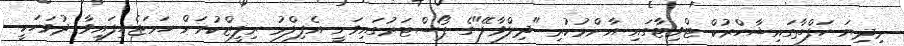
މިދިޔަ ހަފްތާގައިޝާހްރުކް ޓްވިޓާގައި އާންމުކުރި "ދިލްވާލޭ"ގެ ޕޯސްޓަރުގައިވަނީ އެފިލްމު ރިލީޒްކުރަން ހަމަޖެހިފައިވާ ދުވަހަކީ